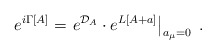
\begin{align*}e^{i\Gamma[A]} = \left. e^{{\cal D}_A} \cdot e^{L[A+a]} \right\vert_{a_{\mu}=0} \; .\end{align*}